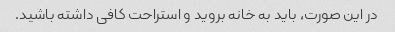
در این صورت، باید به خانه بروید و استراحت کافی داشته باشید.